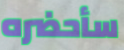
سأحضره